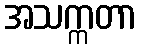
အသက္ကတာ